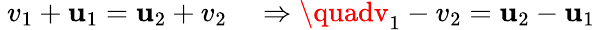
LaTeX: \ v_{1}+\mathbf{u}_{1}=\mathbf{u}_{2}+v_{2}\quad\Rightarrow\quadv_{1}-v_{2}=\mathbf{u}_{2}-\mathbf{u}_{1}